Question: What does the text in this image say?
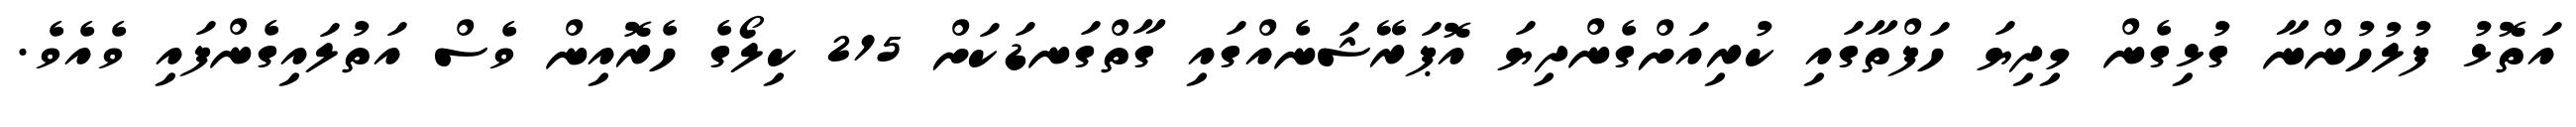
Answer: އަތޮޅު ފުލުހުންނާ ގުޅިގެން މިދިޔަ ހަފްތާގައި ކުރިއަށްގެންދިޔަ އޮޕަރޭޝަނެއްގައި ގާތްގަނޑަކަށް 215 ކިލޯގެ ހެރޮއިން ވެސް އަތުލައިގެންފައި ވެއެވެ.